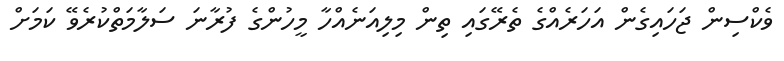
ވެކްސިން ޖަހައިގެން އަހަރެއްގެ ތެރޭގައި ތިން މިލިއަނެއްހާ މީހުންގެ ފުރާނަ ސަލާމަތްކުރެވޭ ކަމަށް